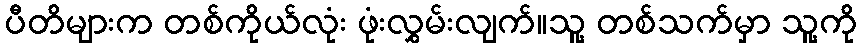
ပီတိများက တစ်ကိုယ်လုံး ဖုံးလွှမ်းလျက်။သူ့ တစ်သက်မှာ သူ့ကို